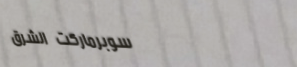
سوبرماركت الشرق